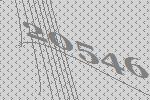
20546